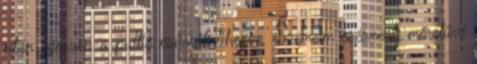
után egészen a pultig csúszik lihegve. Szemeim csészealj méretűvé